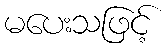
မပေးသဖြင့်